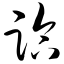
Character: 临